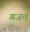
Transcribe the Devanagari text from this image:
गजत